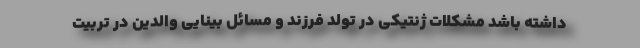
داشته باشد مشکلات ژنتیکی در تولد فرزند و مسائل بینایی والدین در تربیت